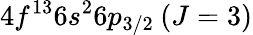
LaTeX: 4f^{13}6s^{2}6p_{3/2}\: (J=3)